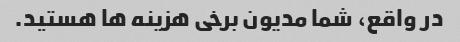
در واقع، شما مدیون برخی هزینه ها هستید.